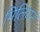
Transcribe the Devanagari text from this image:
मिलियन्